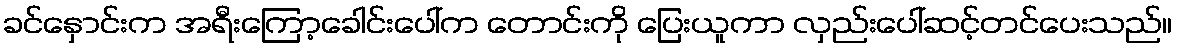
ခင်နှောင်းက အရီးကြော့ခေါင်းပေါ်က တောင်းကို ပြေးယူကာ လှည်းပေါ်ဆင့်တင်ပေးသည်။